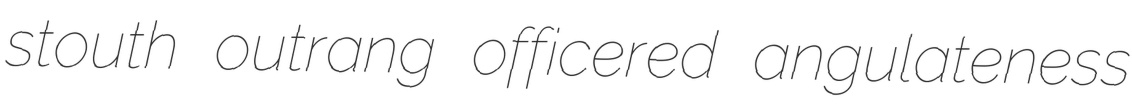
stouth outrang officered angulateness